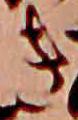
き